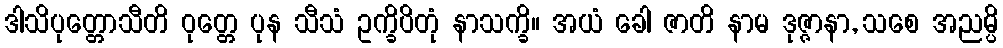
ဒါသိပုတ္တောသီတိ ဝုတ္တေ ပုန သီသံ ဥက္ခိပိတုံ နာသက္ခိ။ အယံ ခေါ ဇာတိ နာမ ဒုဇ္ဇာနာ, သစေ အညမ္ပိ